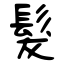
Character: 髮